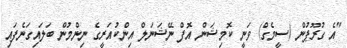
"އެ ގުރޫޕުން (ސީމެގް) ވަނީ ކޮމިޝަން އޮފް ނޭޝަނަލް އިންކުއަރީގެ ނިންމުން ބަލައިގަނެފައި